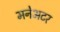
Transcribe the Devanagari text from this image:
मनेअटर